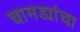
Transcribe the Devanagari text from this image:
चामड्यांचा